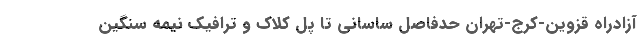
آزادراه قزوین-کرج-تهران حدفاصل ساسانی تا پل کلاک و ترافیک نیمه سنگین